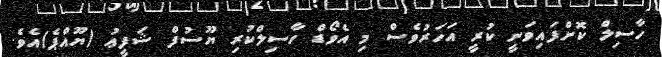
ހާސިލް ކޮށްފައިވަނީ ކުރީ އަހަރުވެސް މި އެވޯޑް ހާސިލްކުރި ޔޫސުފް ޝަފީޢު (ޔޫއްޕެ)އެވެ.